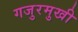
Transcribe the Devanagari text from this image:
गजुरमुखी